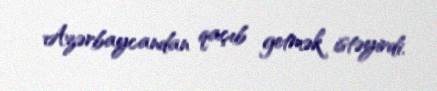
Azərbaycandan qaçıb getmək istəyirdi.